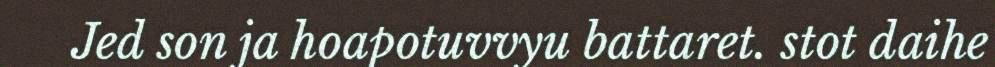
Jed son ja hoapotuvvyu battaret. stot daihe